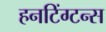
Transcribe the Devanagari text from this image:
हनटिंग्टन्स